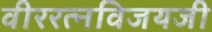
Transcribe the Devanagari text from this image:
वीररत्नविजयजी